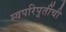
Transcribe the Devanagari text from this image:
स्वपरिपूर्तीची